Kloostri_vallavalitsus, lk 14
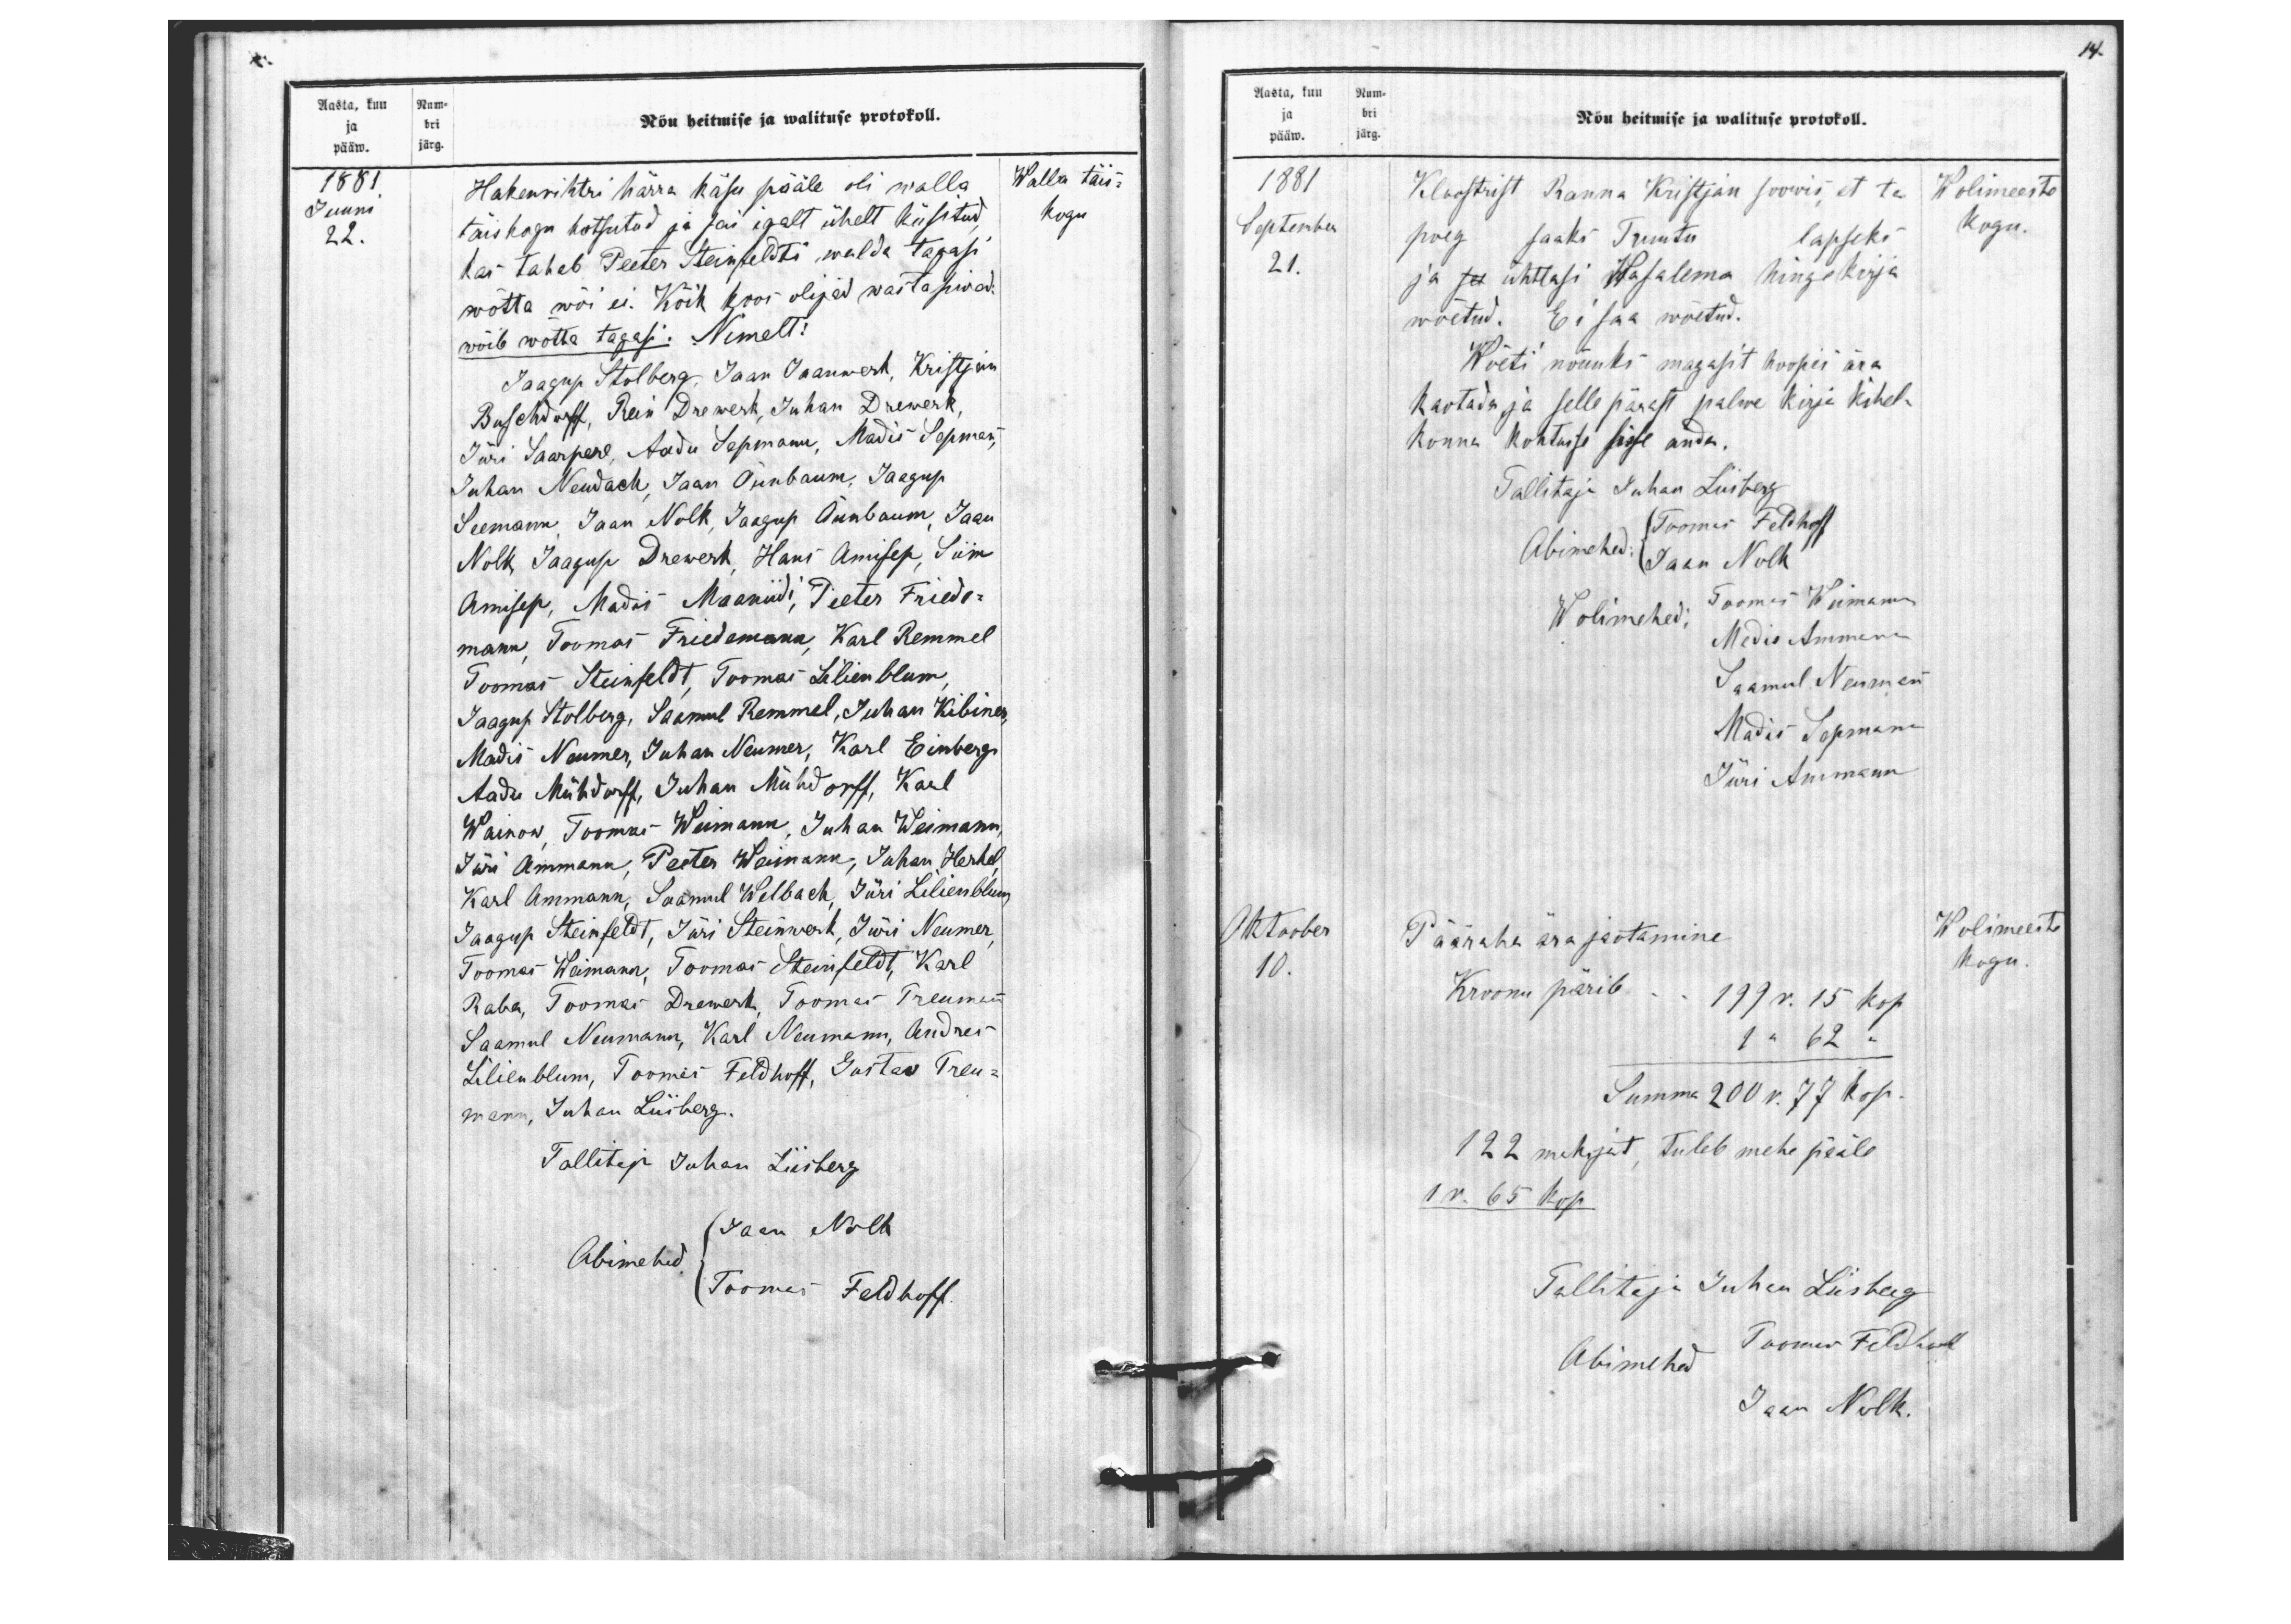
Aasta, kuu Num-
Nõu heitmise ja walituse protokoll.
ja bri
pääw. järg.
1881
Walla täis-
Juuni
Hakenrihtri härra käsu pääle oli walla
22.
täiskogu kutsutud ja sai igalt ühelt küsitud,
kogu
kas tahab Peeter Steinfeldti walda tagasi
wõtta wõi ei. Kõik koos olijad wastasiwad:
wõib wõtta tagasi. Nimelt:
Jaagup Stolberg, Jaan Jaanwert, Kristjan
Buschdorff, Rein Drewerk, Juhan Drewerk,
Jüri Saarpere, Aadu Sepmann, Madis Sepmann,
Juhan Neudach,  Jaan Õunbaum, Jaagup
Seemann, Jaan Nolk, Jaagup Õunbaum, Jaan
Nolk, Jaagup Drewerk, Hans Amisep, Siim
Amisep, Madis Maaniidi, Peeter Friede-
mann, Toomas Friedemann, Karl Remmel,
Toomas Steinfeldt, Toomas Lilienblum,
Jaagup Stolberg, Saamul Remmel, Juhan Kibines,
Madis Neumer, Juhan Neumer, Karl Einberg,
Aadu Mühdorff, Juhan Mühdorff, Karl
Wainow, Toomas Weimann, Juhan Weimann,
Jüri Ammann, Peeter Weimann, Juhan Herkel,
Karl Ammann, Saamul Welbach Jüri Lilienblum,
Jaagup Steinfeldt, Jüri Steinwerk, Jüri Neumer,
Toomas Weimann, Toomas Steinfeldt, Karl
Raba, Toomas Drewerk, Toomas Treumann
Saamul Neumann, Karl Neumann, Andres
Lilienblum, Toomas Feldhoff, Gustas Treu-
mann, Juhan Lüiberg.
Tallitaja Juhan Liisberg
Jaan Nolk
Abimehed
Toomas Feldhoff.

14.
Aasta, kuu Num-
Nõu heitmise ja walituse protokoll.
ja bri
pääw. järg.
1881
Kloostrist Ranna Kristjan soowis, et ta
Wolimeeste
September
poeg saaks Truutu lapseks
kogu.
21.
ja ja ühtlasi Wasalema hingekirja
wõetud. Ei saa wõetud.
Wõeti nõuuks magasit hoopis ära
kaotada ja selle pärast palwe kirja kihel-
konna kohtusse sisse anda.
Tallitaja Juhan Liisberg
Abimehed:
Toomas Feldhoff
Jaan Nolk
Wolimehed:
Toomas Weimann
Madis Ammann
Saamul Neumann
Madis Sepmann
Jüri Ammann
Otoober
Pääraha ära jaotamine
Wolimeeste
10.
kogu
Kroonu pärib
199 r. 15 kop.
1 " 62 "
Summa 200 r. 77 kop.
122 maksjat, tuleb mehe pääle
1 r. 65 kop.
Tallitaja Juhan Liisberg
Abimehed
Toomas Feldhoff
Jaan Nolk.